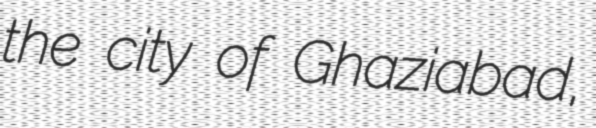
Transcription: the city of Ghaziabad,